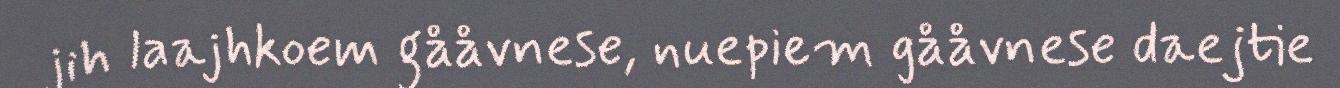
jih laajhkoem gååvnese, nuepiem gååvnese daejtie